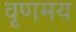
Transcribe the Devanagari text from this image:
वृणमय